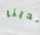
لدينا